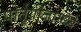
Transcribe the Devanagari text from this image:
पोर्तुगीजांमध्ये